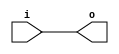
module bsg_buf_width_p32
(
  i,
  o
);

  input [31:0] i;
  output [31:0] o;
  wire [31:0] o;
  assign o[31] = i[31];
  assign o[30] = i[30];
  assign o[29] = i[29];
  assign o[28] = i[28];
  assign o[27] = i[27];
  assign o[26] = i[26];
  assign o[25] = i[25];
  assign o[24] = i[24];
  assign o[23] = i[23];
  assign o[22] = i[22];
  assign o[21] = i[21];
  assign o[20] = i[20];
  assign o[19] = i[19];
  assign o[18] = i[18];
  assign o[17] = i[17];
  assign o[16] = i[16];
  assign o[15] = i[15];
  assign o[14] = i[14];
  assign o[13] = i[13];
  assign o[12] = i[12];
  assign o[11] = i[11];
  assign o[10] = i[10];
  assign o[9] = i[9];
  assign o[8] = i[8];
  assign o[7] = i[7];
  assign o[6] = i[6];
  assign o[5] = i[5];
  assign o[4] = i[4];
  assign o[3] = i[3];
  assign o[2] = i[2];
  assign o[1] = i[1];
  assign o[0] = i[0];

endmodule